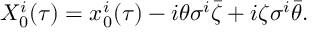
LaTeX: X _ { 0 } ^ { i } ( \tau ) = x _ { 0 } ^ { i } ( \tau ) - i \theta \sigma ^ { i } \bar { \zeta } + i \zeta \sigma ^ { i } \bar { \theta } .